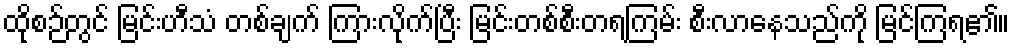
ထိုစဉ်တွင် မြင်းဟီသံ တစ်ချက် ကြားလိုက်ပြီး မြင်းတစ်စီးတရကြမ်း စီးလာနေသည်ကို မြင်ကြရ၏။